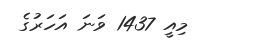
މިއީ 1437 ވަނަ އަހަރުގެ